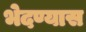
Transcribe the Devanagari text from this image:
भेदण्यास